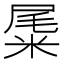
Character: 𥹹